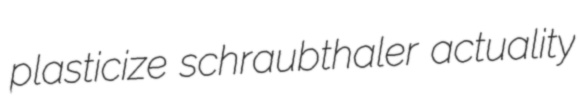
plasticize schraubthaler actuality